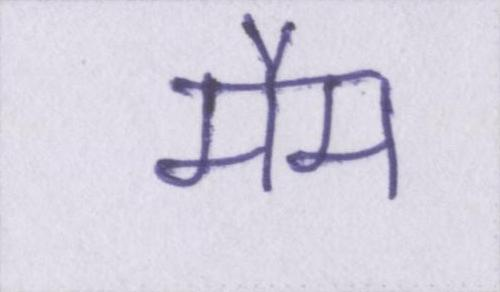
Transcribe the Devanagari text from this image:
मैम